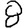
Digit: 8